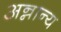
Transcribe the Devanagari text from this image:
अन्नान्य